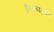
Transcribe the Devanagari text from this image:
निरूपद्रवी